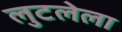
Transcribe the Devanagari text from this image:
लुटलेला